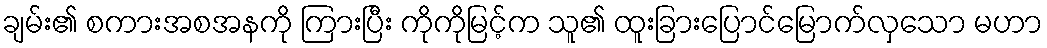
ချမ်း၏ စကားအစအနကို ကြားပြီး ကိုကိုမြင့်က သူ၏ ထူးခြားပြောင်မြောက်လှသော မဟာ